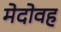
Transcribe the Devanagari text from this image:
मेदोवह